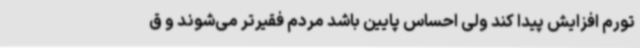
تورم افزایش پیدا کند ولی احساس پایین باشد مردم فقیرتر می‌شوند و ق